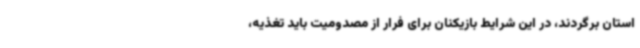
استان برگردند، در این شرایط بازیکنان برای فرار از مصدومیت باید تغذیه،